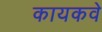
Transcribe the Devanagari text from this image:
कायकवे